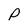
Character: p